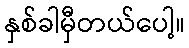
နှစ်ခါမှီတယ်ပေါ့။